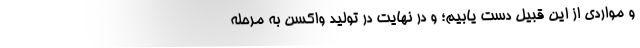
و مواردی از این قبیل دست یابیم؛ و در نهایت در تولید واکسن به مرحله